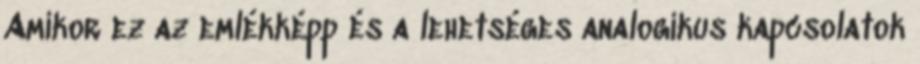
Amikor ez az emlékképp és a lehetséges analogikus kapcsolatok